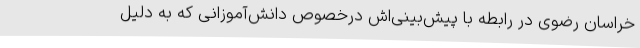
خراسان رضوی در رابطه با پیش‌بینی‌اش درخصوص دانش‌آموزانی که به دلیل